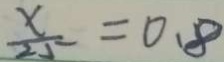
\frac { x } { 2 5 } = 0 . 8